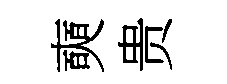
奭贵